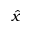
\hat { x }